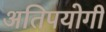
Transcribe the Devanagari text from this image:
अतिपयोगी